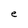
Character: e